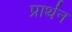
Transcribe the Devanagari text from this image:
प्रार्थन